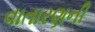
વાતારણની